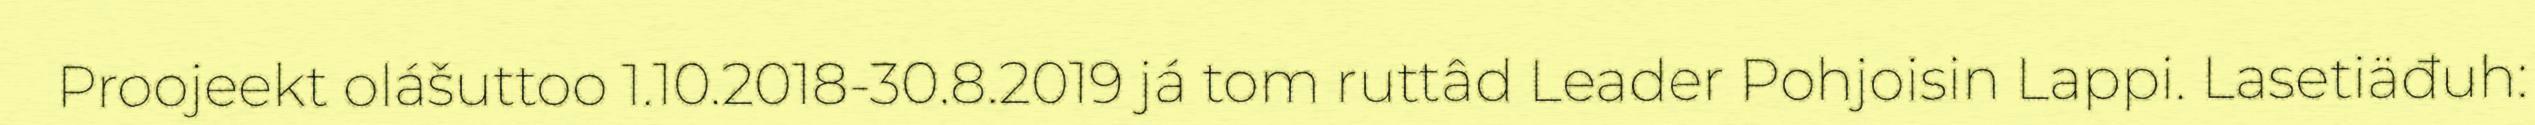
Proojeekt olášuttoo 1.10.2018-30.8.2019 já tom ruttâd Leader Pohjoisin Lappi. Lasetiäđuh: